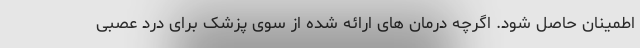
اطمینان حاصل شود. اگرچه درمان های ارائه شده از سوی پزشک برای درد عصبی